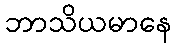
ဘာသိယမာနေ